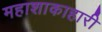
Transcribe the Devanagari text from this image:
महाशाकाहारी